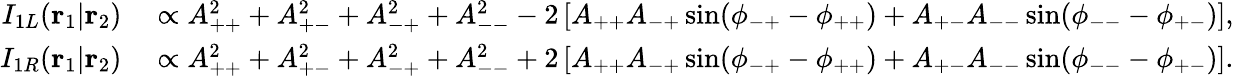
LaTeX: \begin{array}{rl}{I_{1L}(\mathbf{r}_{1}|\mathbf{r}_{2})}&{{}\propto A_{++}^{2}+A_{+-}^{2}+A_{-+}^{2}+A_{--}^{2}-2\left[A_{++}A_{-+}\sin(\phi_{-+}-\phi_{++})+A_{+-}A_{--}\sin(\phi_{--}-\phi_{+-})\right],}\\ {I_{1R}(\mathbf{r}_{1}|\mathbf{r}_{2})}&{{}\propto A_{++}^{2}+A_{+-}^{2}+A_{-+}^{2}+A_{--}^{2}+2\left[A_{++}A_{-+}\sin(\phi_{-+}-\phi_{++})+A_{+-}A_{--}\sin(\phi_{--}-\phi_{+-})\right].}\end{array}